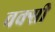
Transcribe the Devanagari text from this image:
वक्सी